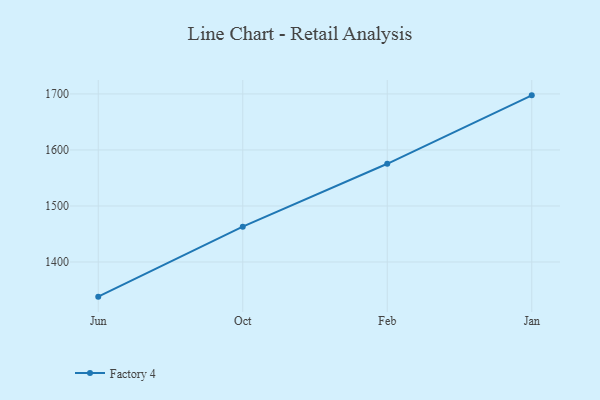
{"axis": {"x": "Month", "y": "Backlog"}, "legend": ["Factory 4"], "data": [{"x": "Jun", "y": 1338.1, "type": "Factory 4"}, {"x": "Oct", "y": 1463.0, "type": "Factory 4"}, {"x": "Feb", "y": 1575.3, "type": "Factory 4"}, {"x": "Jan", "y": 1697.5, "type": "Factory 4"}]}